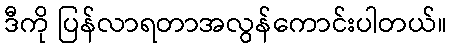
ဒီကို ပြန်လာရတာအလွန်ကောင်းပါတယ်။